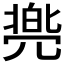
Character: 𱏫